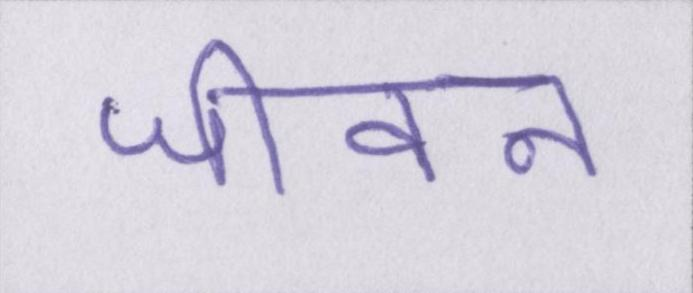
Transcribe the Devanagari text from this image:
जीवन